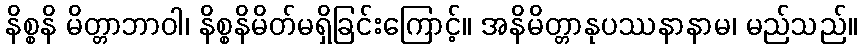
နိစ္စနိ မိတ္တာဘာဝါ၊ နိစ္စနိမိတ်မရှိခြင်းကြောင့်။ အနိမိတ္တာနုပဿနာနာမ၊ မည်သည်။